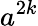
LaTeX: a^{2k}